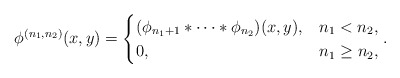
\begin{align*}\phi^{(n_1,n_2)}(x,y)=\begin{cases} (\phi_{n_1+1} \ast \dotsb \ast \phi_{n_2})(x,y),& n_1<n_2,\\0,& n_1\geq n_2,\end{cases}.\end{align*}